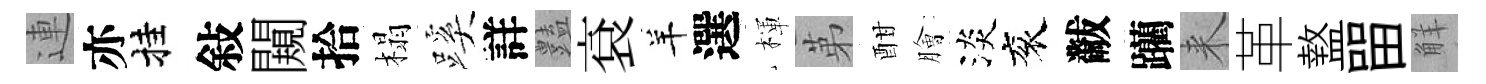
連亦挂敍闚拾榻蹊詳𧰟袞羊選楎苐酣膾淡衮黻躪来革盩㽞觧